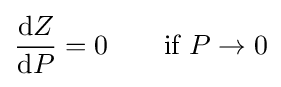
{\frac {\mathrm {d} Z}{\mathrm {d} P}}=0\qquad {\mbox{if}}~P\to 0